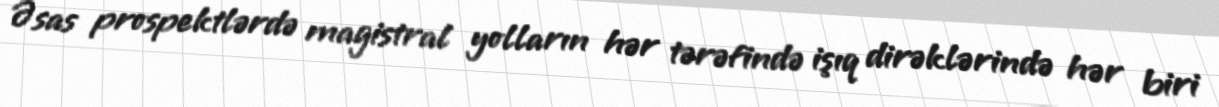
Əsas prospektlərdə magistral yolların hər tərəfində işıq dirəklərində hər biri